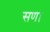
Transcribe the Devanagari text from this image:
सण।